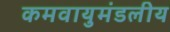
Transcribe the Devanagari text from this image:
कमवायुमंडलीय